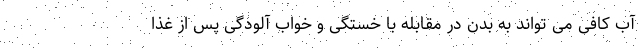
آب کافی می تواند به بدن در مقابله با خستگی و خواب آلودگی پس از غذا